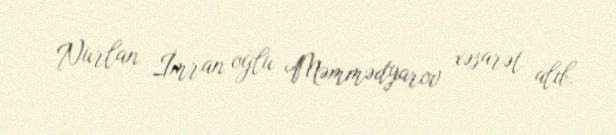
Nurlan İmran oğlu Məmmədyarov xəsarət alıb.